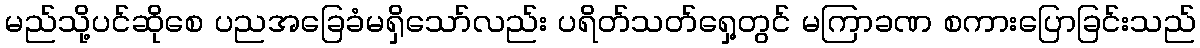
မည်သို့ပင်ဆိုစေ ပညအခြေခံမရှိသော်လည်း ပရိတ်သတ်ရှေ့တွင် မကြာခဏ စကားပြောခြင်းသည်